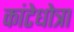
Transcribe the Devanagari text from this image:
कांटेधोत्रा